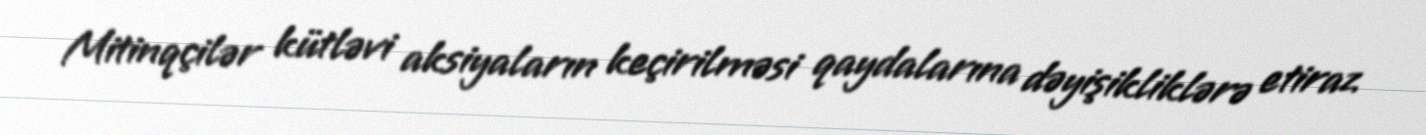
Mitinqçilər kütləvi aksiyaların keçirilməsi qaydalarına dəyişikliklərə etiraz